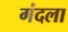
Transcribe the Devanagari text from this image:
गंदला